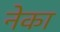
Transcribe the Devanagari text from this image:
नेका